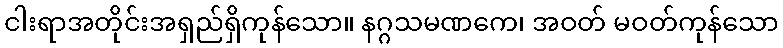
ငါးရာအတိုင်းအရှည်ရှိကုန်သော။ နဂ္ဂသမဏကေ၊ အဝတ် မဝတ်ကုန်သော